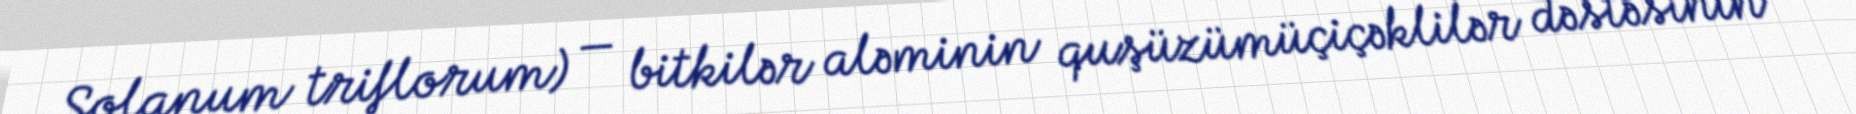
Solanum triflorum) — bitkilər aləminin quşüzümüçiçəklilər dəstəsinin